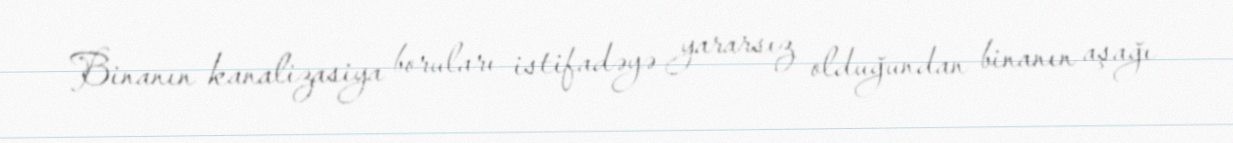
Binanın kanalizasiya boruları istifadəyə yararsız olduğundan binanın aşağı